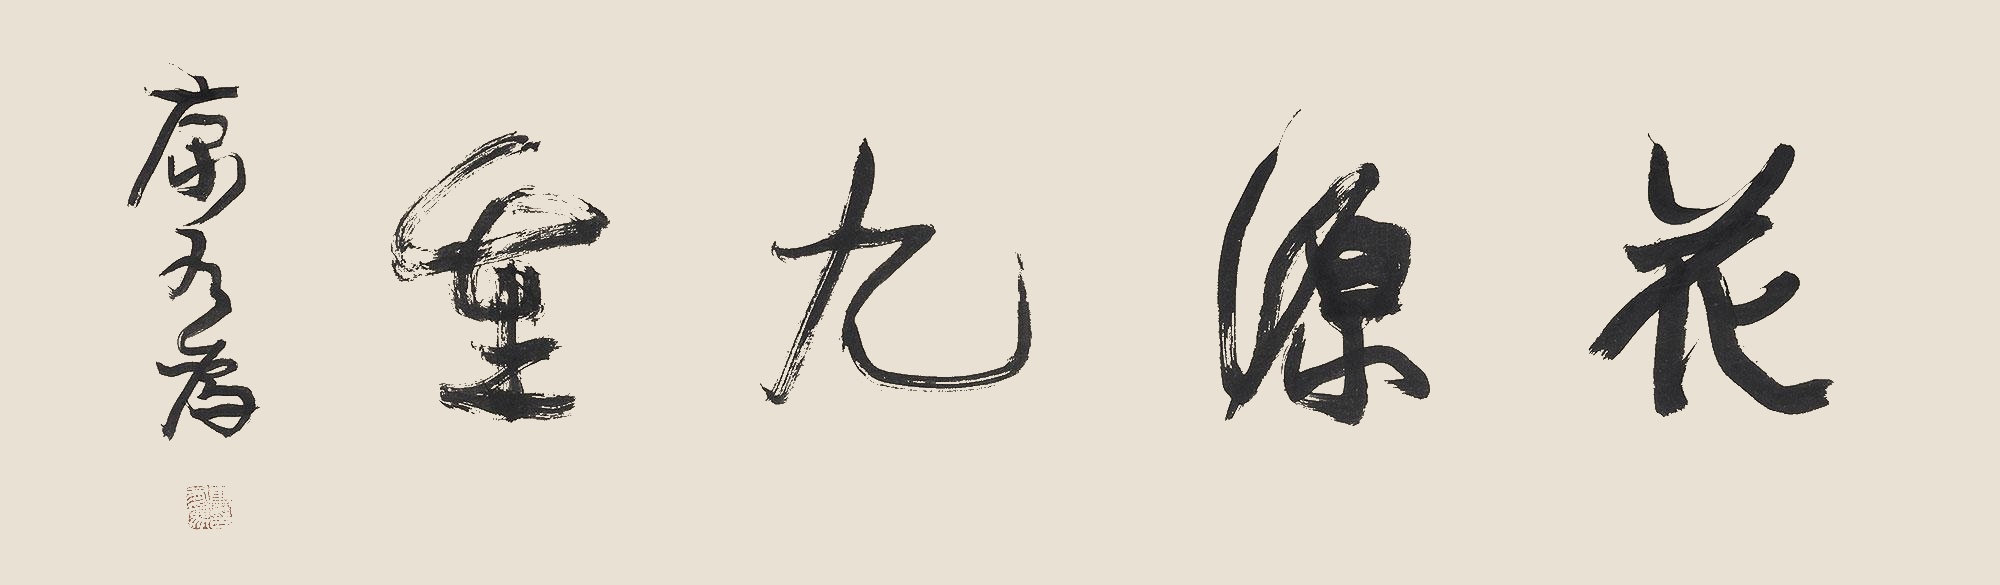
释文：花源九重康有为印